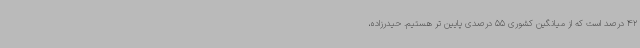
42 درصد است که از میانگین کشوری 55 درصدی پایین تر هستیم. حیدرزاده،